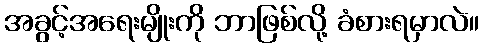
အခွင့်အရေးမျိုးကို ဘာဖြစ်လို့ ခံစားရမှာလဲ။